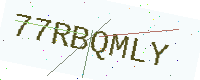
Text: 77RBQMLY